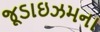
જૂડાઇઝમના